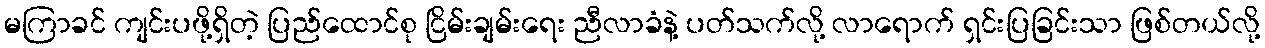
မကြာခင် ကျင်းပဖို့ရှိတဲ့ ပြည်ထောင်စု ငြိမ်းချမ်းရေး ညီလာခံနဲ့ ပတ်သက်လို့ လာရောက် ရှင်းပြခြင်းသာ ဖြစ်တယ်လို့